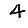
Digit: 4